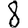
Digit: 8